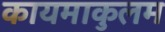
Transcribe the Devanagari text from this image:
कायमाकुलम